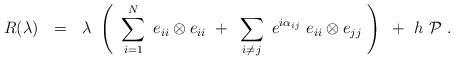
\begin{align*}R(\lambda)~~=~~\lambda ~\left ( ~ \sum_{i=1}^N ~e_{ii}\otimes e_{ii}~+~\sum _{i\neq j}~ e^{i\alpha_{ij}}~ e_{ii}\otimes e_{jj}~\right ) ~ +~ h~{\cal P}~. \end{align*}